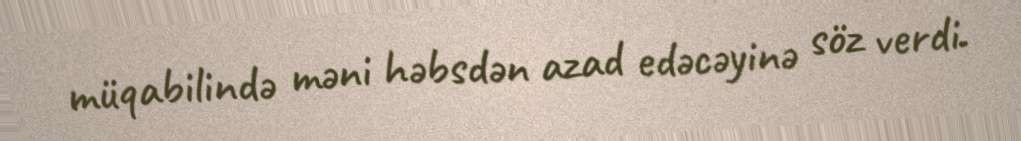
müqabilində məni həbsdən azad edəcəyinə söz verdi.